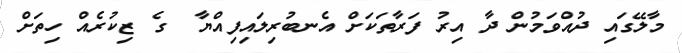
މާލޭގައި ދުއްވަމުން ދާ އިރު ފަރާތަކަށް އެނބުރިލައިފިއްޔާ  ގެ ޒިކުރެއް ހިތަށް